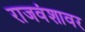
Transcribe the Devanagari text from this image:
राजवंशावर